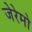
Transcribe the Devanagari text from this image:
जेरेमो